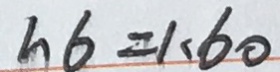
h 6 = 1 . 6 0